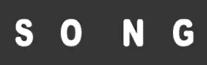
S O N G